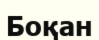
Боқан